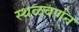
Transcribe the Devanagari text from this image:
स्थळवर्णन